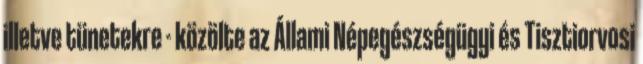
illetve tünetekre - közölte az Állami Népegészségügyi és Tisztiorvosi